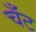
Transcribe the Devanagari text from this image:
चँट